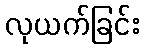
လုယက်ခြင်း